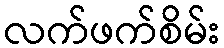
လက်ဖက်စိမ်း